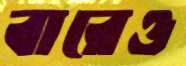
বারেও